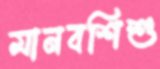
মানবশিশু